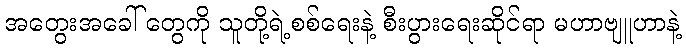
အတွေးအခေါ် တွေကို သူတို့ရဲ့စစ်ရေးနဲ့ စီးပွားရေးဆိုင်ရာ မဟာဗျူဟာနဲ့